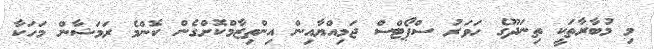
މި މުބާރާތަކީ ތިނަދޫގެ ހަވަރު ސްޕޯޓްސް ޖަމިއްޔާއިން އިންތިޒާމްކޮށްގެން ކޮންމެ ރަމަޝާން މަހަކާ